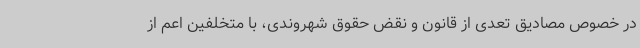
در خصوص مصادیق تعدی از قانون و نقض حقوق شهروندی، با متخلفین اعم از